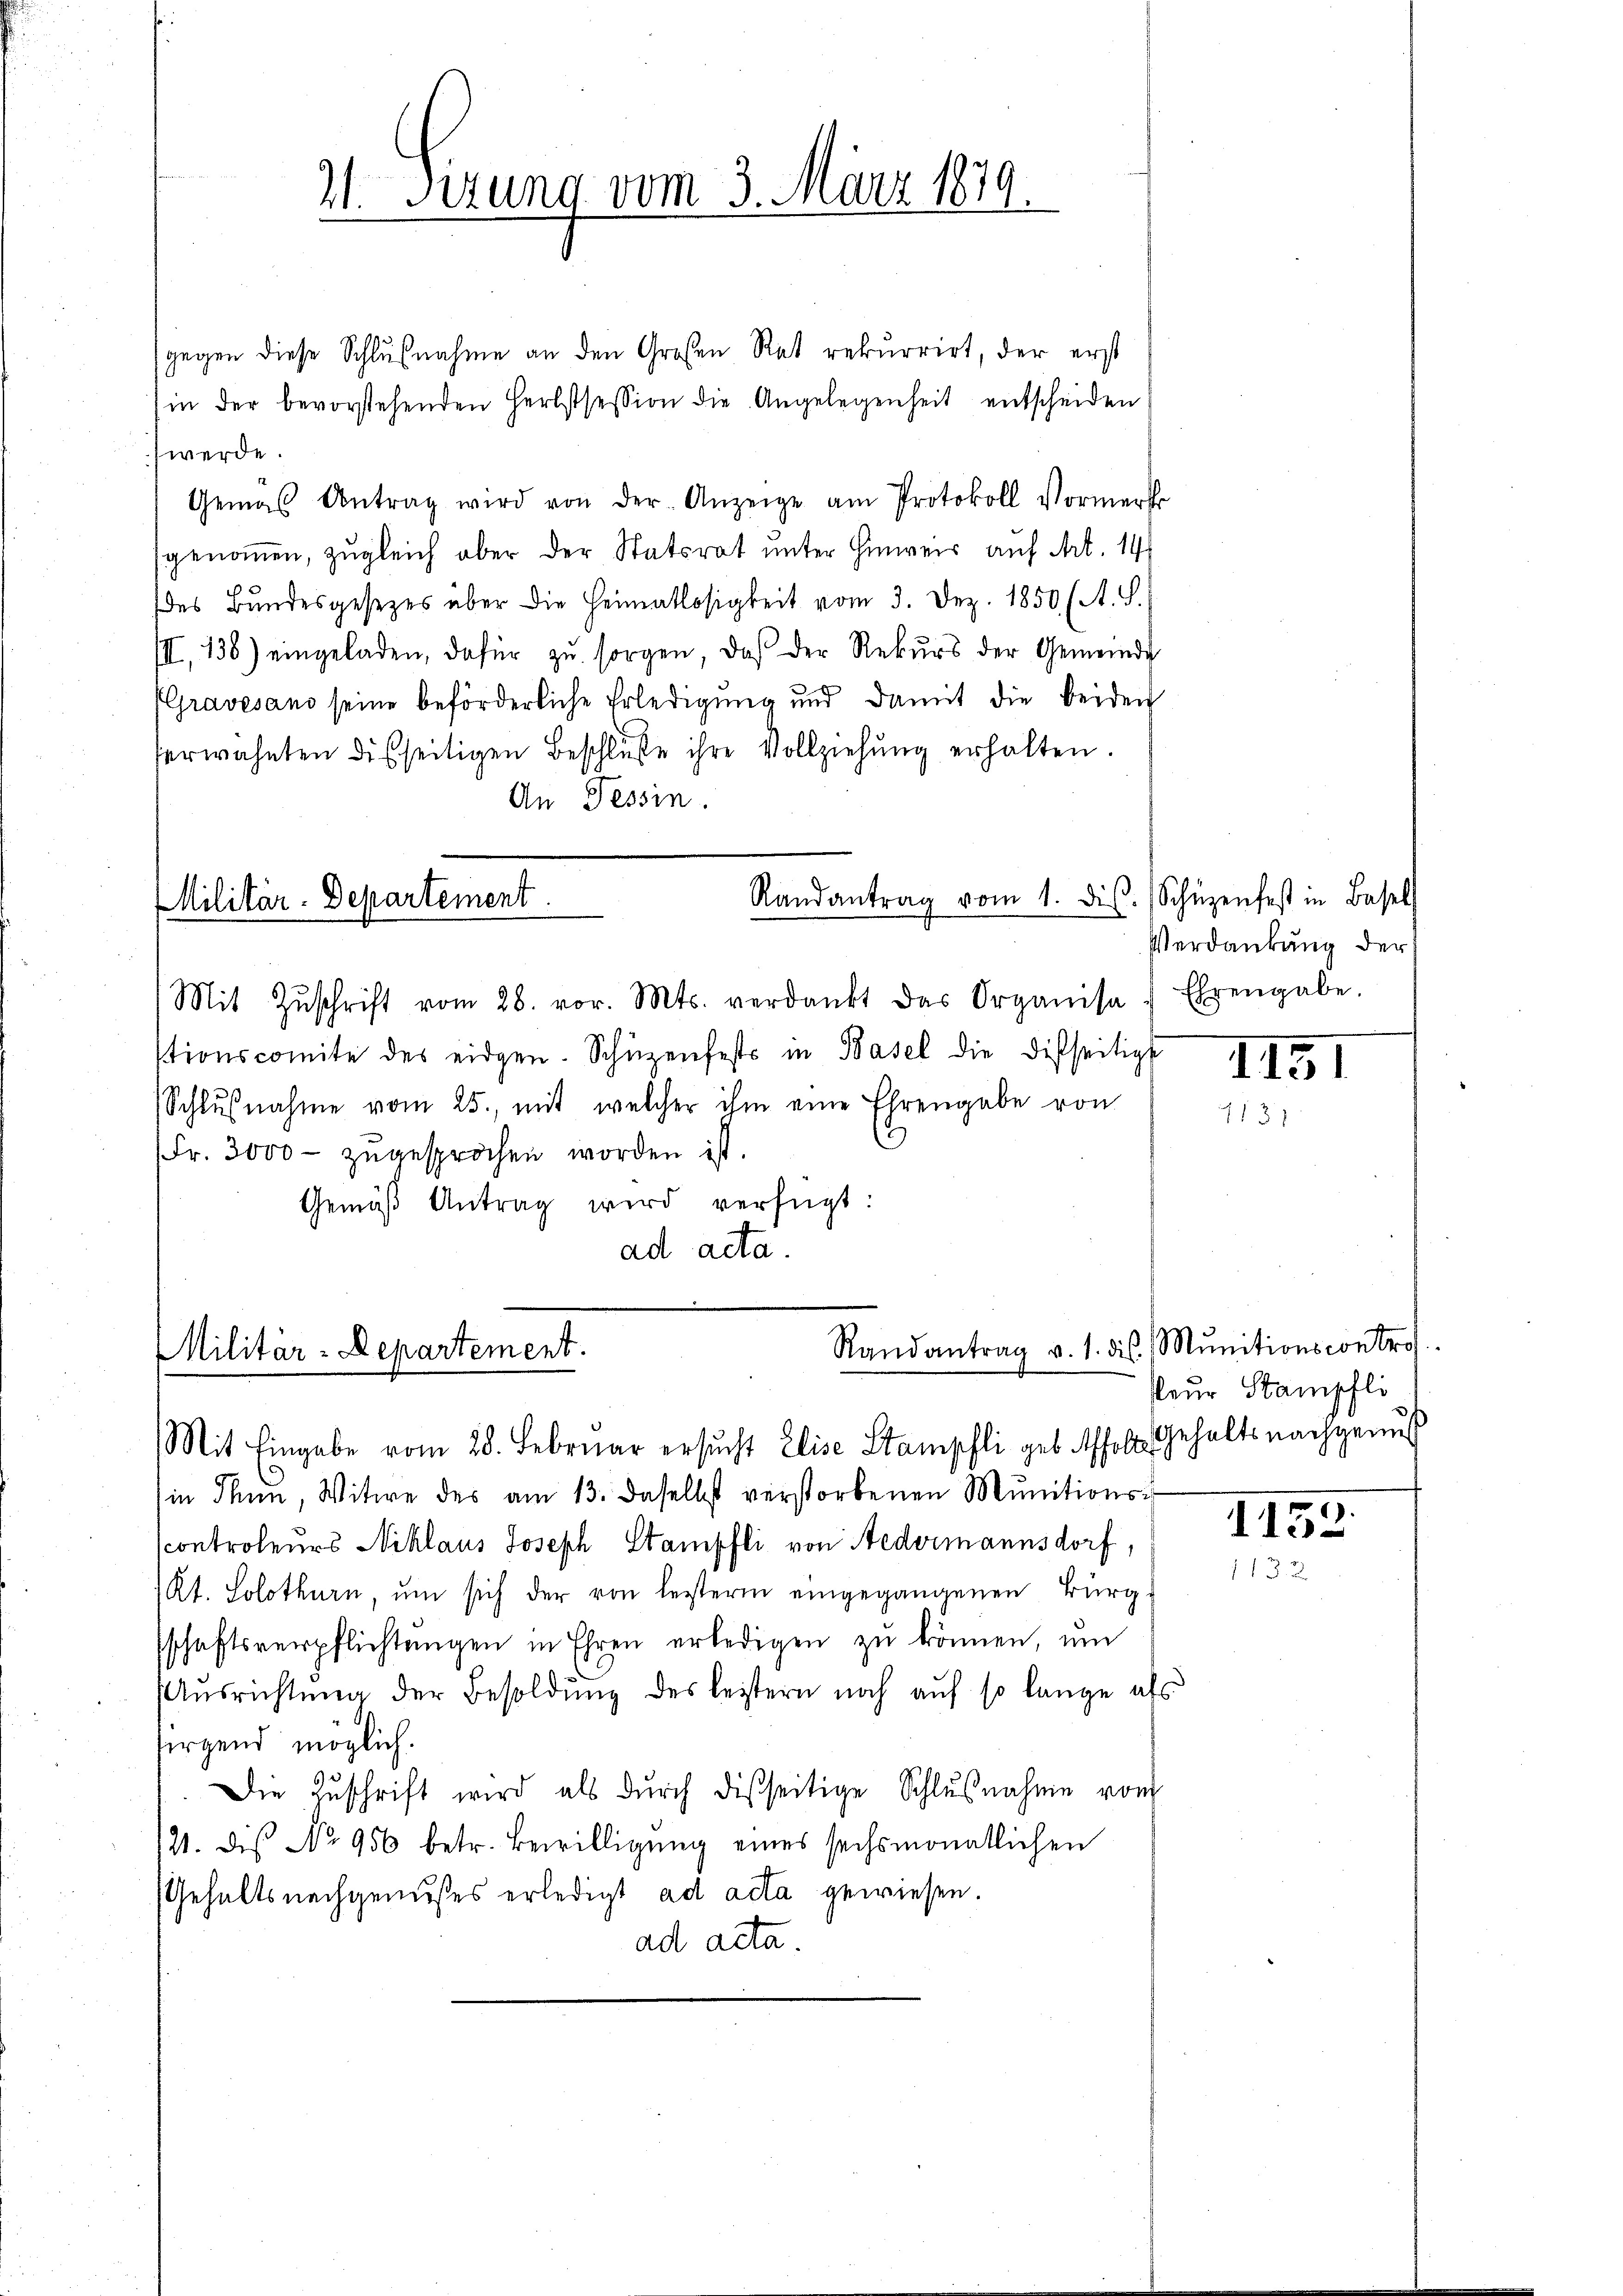
gegen diese Schlußnahme an den Großen Rat rekurrirt, der erst
in der bevorstehenden Herbstsession die Angelegenheit entscheiden
werde.
Gemäß Antrag wird von der Anzeige am Protokoll Vormerk
sgenommen, zugleich aber der Statsrat unter Hinweis auf Art. 14
des Bundesgesetzes über die Heimatlosigkeit vom 3. Dez. 1850 (A. S.
III, 138) eingeladen, dafür zŭ sorgen, daβ der Rekŭrs der Gemeinde
Gravesand seine beförderliche Erledigung und damit die beiden
erwähnten disseitigen Beschlüße ihre Vollziehung erhalten.
An Tessin.

21. Sizung vom 3. März 1879.

Randantrag vom 1. dis
Militär-Departement.

Mit Zŭschrift vom 28. vor. Mts. verdankt das Organisa
stionscomite des eidgen. Schüzenfests in Basel die disseitigt
Schlŭβnahme vom 25. mit welcher ihm eine Ehrengabe von
Fr. 3000 zŭgesprochen worden ist.
Gemäβ Antrag wird verfügt:
ad acta.

Randantrag v. 1. ds. Mŭnitionscontro
Militär-Departement.
Mit Eingabe vom 28. Februar ersucht Elise Stampfli geb. Affolte Gehalts nachgenuss

Schüzenfest in Basell
Verdankung der
Ehrengabe.

in Thun, Witwe des am 13. daselbst verstorbenen Munitions-
scontroleurs Niklaus Joseph Stampfli von Nedermannsdorf,
Kt. Solothurn, um sich der von leisterm eingegangenen Bürg-
schaftsverpflichtŭngen in Ehren erledigen zŭ können, ŭm
Aŭsrichtŭng der Besoldŭng des leistern noch aŭf so lange als
sirgend möglich.
Die Zŭschrift wird als dŭrch disseitige Schlŭβnahme von
121. dies No 956 betr. Bewilligŭng eines sechsmonatlichen
Gehaltsnachgemesses erledigt ad acta gewiesen.
ad acta

II51

seur Stampfli

1153.
1132